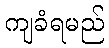
ကျခံရမည်